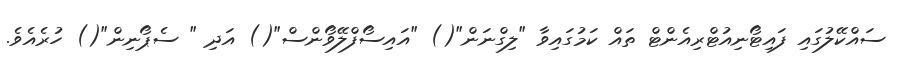
ސައްކޭލުގައި ފައިޓޯނިއުޓްރިއެންޓް ތައް ކަމުގައިވާ "ލިގްނަން"() "އައިސޯފްލޭވޯންސް"() އަދި " ސެޕޯނިން"() ހުރެއެވެ.